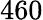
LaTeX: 460